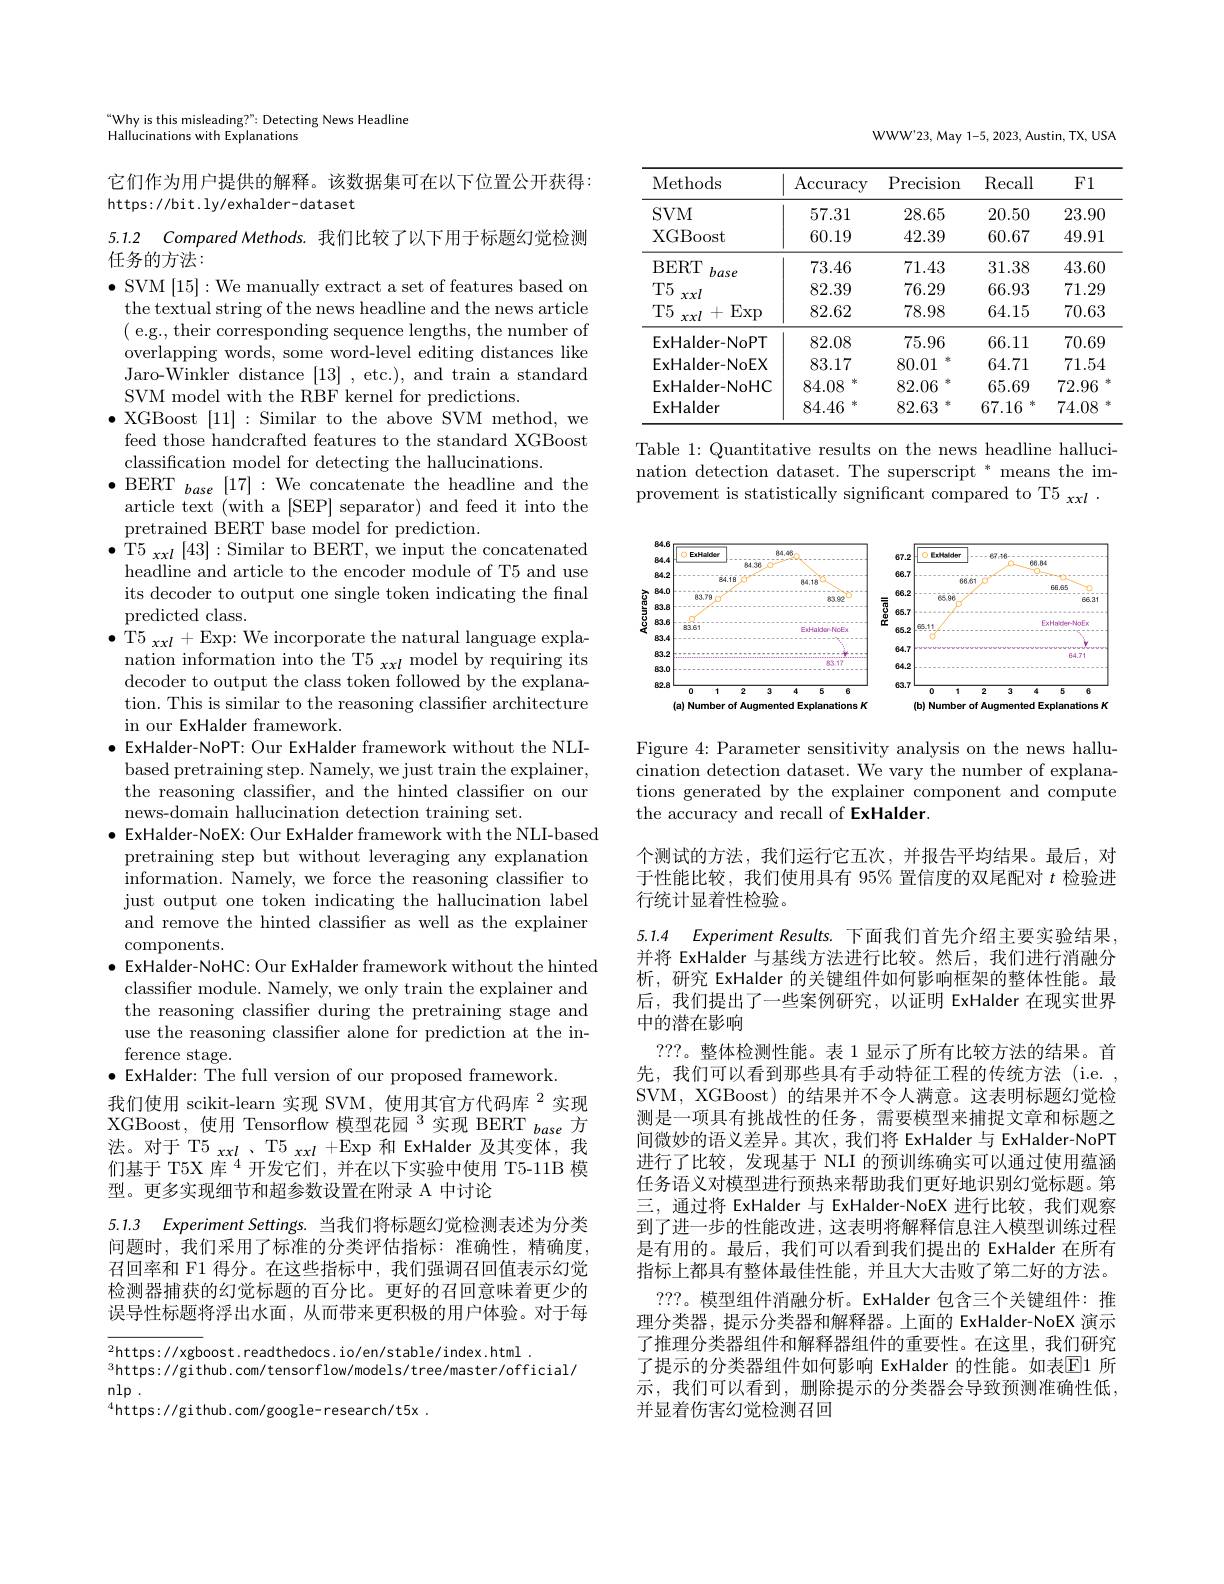
Why is this misleading?" Detecting News Headline

Hallucinations with Explanat

它们作为用户提供的解释。该数据集可在以下位置公开获得：
https: //bit. ly/exhalder- dataset

## 5.1.2 Compared Methods.我们比较了以下用于标题幻觉检测任务的方法：

$\bullet$ SVM [15]: We manually extract a set of features based on
the textual string of the news headline and the news article ( e.g., their corresponding sequence lengths, the number of overlapping words, some word-level editing distances like Jaro-Winkler distance [13] , etc.), and train a standard SVM model with the RBF kernel for predictions.
$\bullet$ XGBoost [11]: Similar to the above SVM method, we
feed those handcrafted featu
classification model for detecting the hallucinations.
$\bullet$BERT$_base[17]:$We concatenate the headline and the
article text (with a [SEP] separator) and feed it into the
pretrained BERT base model f
$\bullet$T$5_xxl$ [43]:Similar to BERT, we input the concatenated
headline and article to the encoder module of T5 and use its decoder to output one single token indicating the final predicted class.
$\bullet$T5$_xxl+$Exp: We incorporate the natural language expla-
nation information into the decoder to output the class token followed by the explanation. This is similar to the reasoning classifier architecture in our ExHalder framework.
$\bullet$ ExHalder-NoPT: Our ExHalder framework without the NLI-
based pretraining step. Namely, we just train the explainer, the reasoning classifier, and the hinted classifier on our news-domain hallucination detection training set.
$\bullet$ ExHalder-NoEX: Our ExHalder framework with the NLI-based
pretraining step but without information. Namely, we force the reasoning classifer to just output one token indicating the hallucination label and remove the hinted classifer as well as the explainer $\operatorname{components}.$
$\bullet$ ExHalder-NoHC: Our ExHalder framework without the hinted classifier module. Namely, we only train the explainer and the reasoning classifier during the pretraining stage and use the reasoning classifier alone for prediction at the inference stage.
$\bullet$ExHalder: The full version of our proposed framework.
我们使用 scikit-learn 实现 SVM,使用其官方代码库$^{2}$实现XGBoost,使用 Tensorflow 模型花园 $^{3}$实现 BERT $_base$ 方法。对于 T$5_{xxl}$ , $\mathrm{T5}_{xxl}$ +Exp 和 ExHalder 及其变体，我们基于 T5X 库$^{4}$开发它们，并在以下实验中使用 T5-11B 模型。更多实现细节和超参数设置在附录 A 中讨论

5.1.3 Experiment Settings. 当我们将标题幻觉检测表述为分类问题时，我们采用了标准的分类评估指标：准确性，精确度， 召回率和 F1 得分。在这些指标中，我们强调召回值表示幻觉检测器捕获的幻觉标题的百分比。更好的召回意味着更少的误导性标题将浮出水面，从而带来更积极的用户体验。对于每

$^2$https://xgboost.readthedocs.io/en/stable/index.html
$^{3}$https://github.com/ten
nlp .
$^{4}$https://github.com/google-research/t5x.

WWW'23, May 1-5, 2023, Austin, TX, USA

<table>
	<tbody>
		<tr>
			<th>Methods</th>
			<th>$\operatorname{Accuracy}$</th>
			<th>Precision</th>
			<th>$\operatorname{Recall}$</th>
			<th>$F1$</th>
		</tr>
		<tr>
			<td>$SVM$</td>
			<td>57.31</td>
			<td>28.65</td>
			<td>20.50</td>
			<td>23.90</td>
		</tr>
		<tr>
			<td>XGBoost</td>
			<td>60.19</td>
			<td>42.39</td>
			<td>60.67</td>
			<td>49.91</td>
		</tr>
		<tr>
			<td>BERT base</td>
			<td>73.46</td>
			<td>71.43</td>
			<td>31.38</td>
			<td>43.60</td>
		</tr>
		<tr>
			<td>T5</td>
			<td>82.39</td>
			<td>76.29</td>
			<td>66.93</td>
			<td>71.29</td>
		</tr>
		<tr>
			<td>$T5$ + $\operatorname{Exp}$ xxl</td>
			<td>82.62</td>
			<td>78.98</td>
			<td>64.15</td>
			<td>70.63</td>
		</tr>
		<tr>
			<td>ExHalder-NoPT</td>
			<td>82.08</td>
			<td>75.96</td>
			<td>66.11</td>
			<td>70.69</td>
		</tr>
		<tr>
			<td>ExHalder-NoEX</td>
			<td>83.17</td>
			<td>非 80.01</td>
			<td>64.71</td>
			<td>71.54</td>
		</tr>
		<tr>
			<td>ExHalder-NoHC</td>
			<td>冰 84.08</td>
			<td>非 82.06</td>
			<td>65.69</td>
			<td>72.96</td>
		</tr>
		<tr>
			<td>ExHalder</td>
			<td>冰 84.46</td>
			<td>非 82.63</td>
			<td>67.16 $当$</td>
			<td>74.08</td>
		</tr>
	</tbody>
</table>

Table 1: Quantitative results on the news headline hallucination detection dataset. The superscript * means the improvement is statistically s

<FigureHere>

Figure 4: Parameter sensitivity analysis on the news hallucination detection dataset. We vary the number of explanations generated by the explainer component and compute the accuracy and recall of ExHalder.

个测试的方法，我们运行它五次，并报告平均结果。最后，对于性能比较，我们使用具有 95% 置信度的双尾配对$t$检验进行统计显着性检验。

5.1.4 Experiment Results. 下面我们首先介绍主要实验结果并将 ExHalder 与基线方法进行比较。然后，我们进行消融分析，研究 ExHalder 的关键组件如何影响框架的整体性能。最后，我们提出了一些案例研究，以证明 ExHalder 在现实世界中的潜在影响

???。整体检测性能。表 1 显示了所有比较方法的结果。先，我们可以看到那些具有手动特征工程的传统方法(i.e. , SVM, XGBoost) 的结果并不令人满意。这表明标题幻觉检测是一项具有挑战性的任务，需要模型来捕捉文章和标题之间微妙的语义差异。其次，我们将 ExHalder 与 ExHalder-NoPT 进行了比较，发现基于 NLI 的预训练确实可以通过使用蕴涵任务语义对模型进行预热来帮助我们更好地识别幻觉标题。第三，通过将 ExHalder 与 ExHalder-N 到了进一步的性能改进，这表明将解释信息注人模型训练过程是有用的。最后，我们可以看到我们提出的 ExHalder 在所有指标上都具有整体最佳性能，并且大大击败了第二好的方法。???。模型组件消融分析。ExHalder 包含三个关键组件：推
理分类器，提示分类器和解释器。上面的 ExHalder-NoEX 演示了推理分类器组件和解释器组件的重要性。在这里，我们研究了提示的分类器组件如何影响 ExHalder 的性能。如示，我们可以看到，删除提示的分类器会导致预测准确性低， 并显着伤害幻觉检测召回